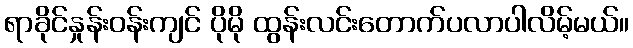
ရာခိုင်နှုန်းဝန်းကျင် ပိုမို ထွန်းလင်းတောက်ပလာပါလိမ့်မယ်။